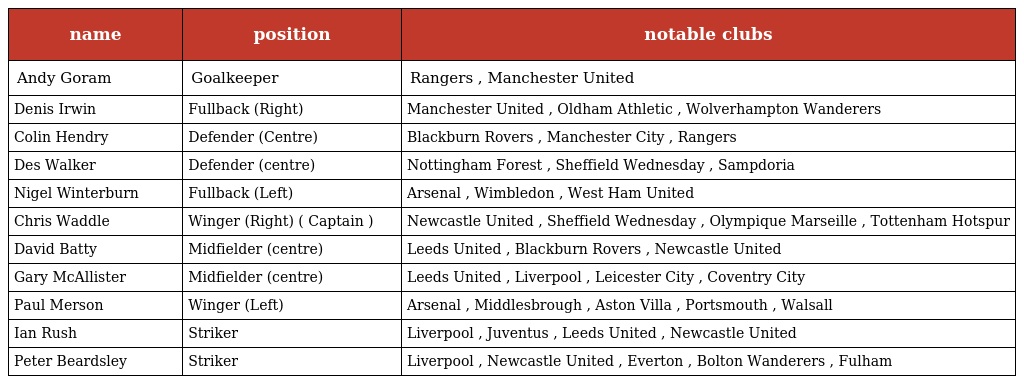
| name | position | notable clubs |
 | --- | --- | --- |
 | Andy Goram | Goalkeeper | Rangers , Manchester United |
 | Denis Irwin | Fullback (Right) | Manchester United , Oldham Athletic , Wolverhampton Wanderers |
 | Colin Hendry | Defender (Centre) | Blackburn Rovers , Manchester City , Rangers |
 | Des Walker | Defender (centre) | Nottingham Forest , Sheffield Wednesday , Sampdoria |
 | Nigel Winterburn | Fullback (Left) | Arsenal , Wimbledon , West Ham United |
 | Chris Waddle | Winger (Right) ( Captain ) | Newcastle United , Sheffield Wednesday , Olympique Marseille , Tottenham Hotspur |
 | David Batty | Midfielder (centre) | Leeds United , Blackburn Rovers , Newcastle United |
 | Gary McAllister | Midfielder (centre) | Leeds United , Liverpool , Leicester City , Coventry City |
 | Paul Merson | Winger (Left) | Arsenal , Middlesbrough , Aston Villa , Portsmouth , Walsall |
 | Ian Rush | Striker | Liverpool , Juventus , Leeds United , Newcastle United |
 | Peter Beardsley | Striker | Liverpool , Newcastle United , Everton , Bolton Wanderers , Fulham |